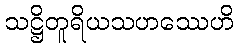
သဋ္ဌိတူရိယသဟဿေဟိ